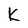
Character: k